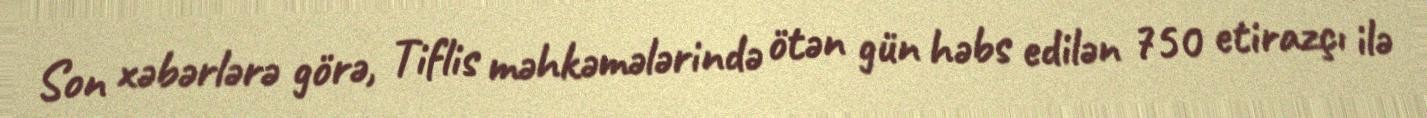
Son xəbərlərə görə, Tiflis məhkəmələrində ötən gün həbs edilən 750 etirazçı ilə